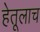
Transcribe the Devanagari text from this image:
हेतूलाच